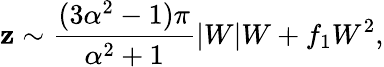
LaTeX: \mathbf{z}\sim\frac{{(3\alpha^{2}-1)\pi}}{{\alpha^{2}+1}}|W|W+f_{1}W^{2},